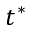
t ^ { * }